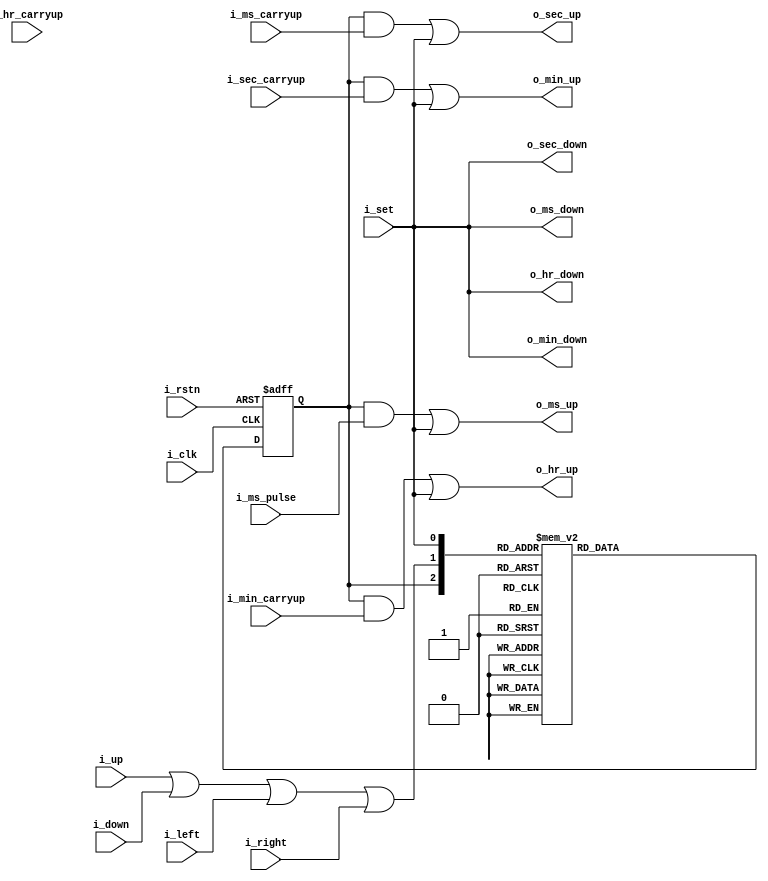
module StopWatchControl(/*AUTOARG*/
   // Outputs
   o_ms_up, o_ms_down, o_sec_up, o_sec_down, o_min_up, o_min_down,
   o_hr_up, o_hr_down,
   // Inputs
   i_clk, i_rstn, i_set, i_up, i_down, i_left, i_right, i_ms_pulse,
   i_ms_carryup, i_sec_carryup, i_min_carryup, i_hr_carryup
   );

   input i_clk;
   input i_rstn;
   input i_set;
   input i_up;
   input i_down;
   input i_left;
   input i_right;
   
   input i_ms_pulse; 
   input i_ms_carryup;
   input i_sec_carryup;
   input i_min_carryup;
   input i_hr_carryup;

   output o_ms_up;
   output o_ms_down;
   output o_sec_up;
   output o_sec_down;
   output o_min_up;
   output o_min_down;
   output o_hr_up;
   output o_hr_down;

   reg 	  r_run;
   wire   w_any_rlud;

   assign w_any_rlud = i_up | i_down | i_left | i_right;

   assign o_ms_up = (r_run & i_ms_pulse) | i_set; 
   assign o_ms_down = i_set;
   assign o_sec_up = (r_run & i_ms_carryup) | i_set;
   assign o_sec_down = i_set;
   assign o_min_up = (r_run & i_sec_carryup) | i_set;
   assign o_min_down = i_set;
   assign o_hr_up = (r_run & i_min_carryup) | i_set;
   assign o_hr_down = i_set;

   always @(posedge i_clk or negedge i_rstn) begin

      if (!i_rstn) r_run <= 1'b0;

      else begin

	 case({r_run, w_any_rlud, i_set})
	   3'b000: r_run <= 1'b0;
	   3'b001: r_run <= 1'b0;
	   3'b010: r_run <= 1'b1;
	   3'b011: r_run <= 1'b0;
	   3'b100: r_run <= 1'b1;
	   3'b101: r_run <= 1'b0;
	   3'b110: r_run <= 1'b0;
	   3'b111: r_run <= 1'b0;
	 endcase
      end // else: !if(!i_rstn)
   end // always @ (posedge i_clk or negedge i_rstn)
   

endmodule // StopWatchControl